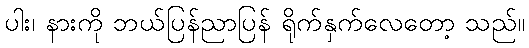
ပါး၊ နားကို ဘယ်ပြန်ညာပြန် ရိုက်နှက်လေတော့ သည်။